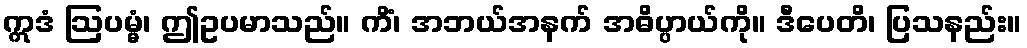
ဣဒံ ဩပမ္မံ၊ ဤဥပမာသည်။ ကိံ၊ အဘယ်အနက် အဓိပ္ပာယ်ကို။ ဒီပေတိ၊ ပြသနည်း။